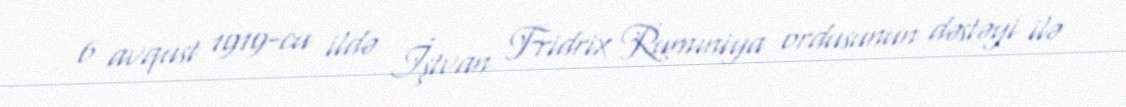
6 avqust 1919-cu ildə İştvan Fridrix Rumıniya ordusunun dəstəyi ilə